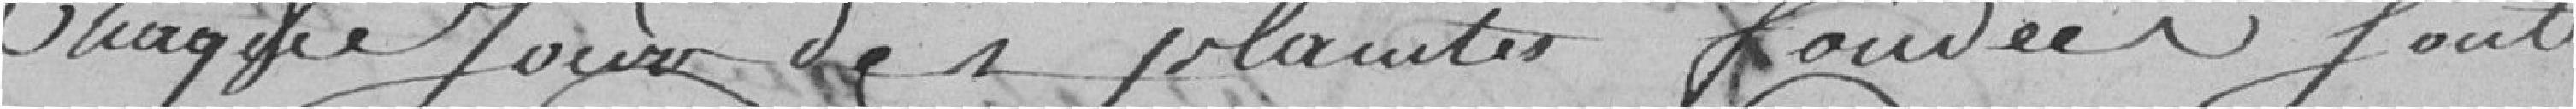
chaque jour des plaintes fondées sont